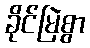
ခိုင်မြဲစွာ